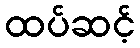
ထပ်ဆင့်